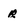
Character: r